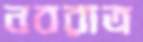
নবরাত্র